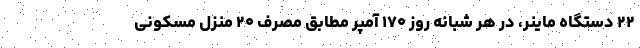
۲۲ دستگاه ماینر، در هر شبانه روز ۱۷۰ آمپر مطابق مصرف ۲۰ منزل مسکونی